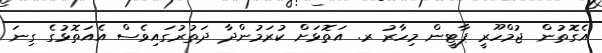
އެގޮތުން ޖުމްހޫރީ ޕާޓީން މިހާރު ރ. އަތޮޅަށް ކުރަމުންދާ ދަތުރުގައިވެސް އެއަތޮޅުގެ ގިނަ